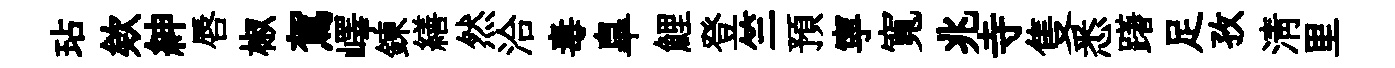
玷欸紳唇椒駕嶧鍊繕然洽毒臯鯉登竺預寜寬兆寺隻悉躇足孜清里